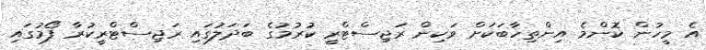
އެ މީހުން ކޮންމެ އިންތިހާބަކަށް ވަކިން ރަޖިސްޓްރީ ކުރުމުގެ ބަދަލުގައި ރަޖިސްޓްރީކުރާ ފޯމުގައި